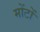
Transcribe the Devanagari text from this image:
मोंटों